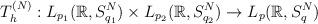
LaTeX: \begin{align*}T_h^{(N)}: L_{p_1}(\mathbb{R}, S_{q_1}^N ) \times L_{p_2}(\mathbb{R}, S_{q_2}^N ) \rightarrow L_{p}(\mathbb{R}, S_{q}^N )\end{align*}